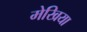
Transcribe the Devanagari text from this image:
मेखिया